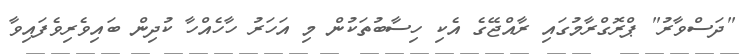
"ދަސްވާރު" ޕްރޮގްރާމުގައި ރާއްޖޭގެ އެކި ހިސާބުތަކުން މި އަހަރު ހާހެއްހާ ކުދިން ބައިވެރިވެފައިވާ